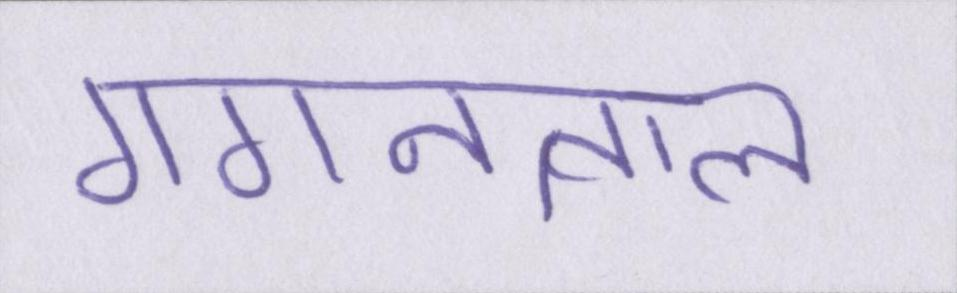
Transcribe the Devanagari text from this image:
गगनताल